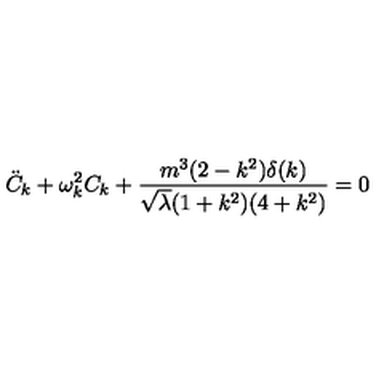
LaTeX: { \ddot { C } } _ { k } + \omega _ { k } ^ { 2 } C _ { k } + \frac { m ^ { 3 } ( 2 - k ^ { 2 } ) \delta ( k ) } { { \sqrt \lambda } ( 1 + k ^ { 2 } ) ( 4 + k ^ { 2 } ) } = 0